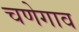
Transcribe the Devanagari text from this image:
चणेगाव